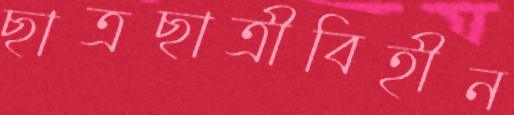
ছাত্রছাত্রীবিহীন